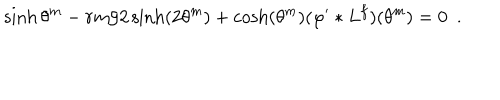
\sinh \theta ^ { m } - r m / 2 \sinh ( 2 \theta ^ { m } ) + \cosh ( \theta ^ { m } ) ( \varphi ^ { \prime } \ast L ^ { f } ) ( \theta ^ { m } ) = 0 \, \, \, .